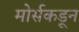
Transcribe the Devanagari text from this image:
मोर्सकडून